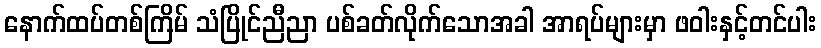
နောက်ထပ်တစ်ကြိမ် သံပြိုင်ညီညာ ပစ်ခတ်လိုက်သောအခါ အာရပ်များမှာ ဖဝါးနှင့်တင်ပါး